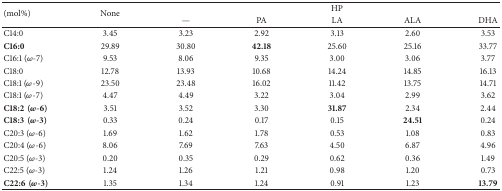
<table><thead><tr><td rowspan="2"><b>(mol%)</b></td><td rowspan="2"><b>None</b></td><td colspan="5"><b>HP</b></td></tr><tr><td><b>—</b></td><td><b>PA</b></td><td><b>LA</b></td><td><b>ALA</b></td><td><b>DHA</b></td></tr></thead><tbody><tr><td>C14:0</td><td>3.45</td><td>3.23</td><td>2.92</td><td>3.13</td><td>2.60</td><td>3.53</td></tr><tr><td><b>C16:0</b></td><td>29.89</td><td>30.80</td><td><b>42.18</b></td><td>25.60</td><td>25.16</td><td>33.77</td></tr><tr><td>C16:1 (<i>ω</i>-7)</td><td>9.53</td><td>8.06</td><td>9.35</td><td>3.00</td><td>3.06</td><td>3.77</td></tr><tr><td>C18:0</td><td>12.78</td><td>13.93</td><td>10.68</td><td>14.24</td><td>14.85</td><td>16.13</td></tr><tr><td>C18:1 (<i>ω</i>-9)</td><td>23.50</td><td>23.48</td><td>16.02</td><td>11.42</td><td>13.75</td><td>14.71</td></tr><tr><td>C18:1 (<i>ω</i>-7)</td><td>4.47</td><td>4.49</td><td>3.22</td><td>3.04</td><td>2.99</td><td>3.62</td></tr><tr><td><b>C18:2(<i>ω</i>-6)</b></td><td>3.51</td><td>3.52</td><td>3.30</td><td><b>31.87</b></td><td>2.34</td><td>2.44</td></tr><tr><td><b>C18:3(<i>ω</i>-3)</b></td><td>0.33</td><td>0.24</td><td>0.17</td><td>0.15</td><td><b>24.51</b></td><td>0.24</td></tr><tr><td>C20:3 (<i>ω</i>-6)</td><td>1.69</td><td>1.62</td><td>1.78</td><td>0.53</td><td>1.08</td><td>0.83</td></tr><tr><td>C20:4 (<i>ω</i>-6)</td><td>8.06</td><td>7.69</td><td>7.63</td><td>4.50</td><td>6.87</td><td>4.96</td></tr><tr><td>C20:5 (<i>ω</i>-3)</td><td>0.20</td><td>0.35</td><td>0.29</td><td>0.62</td><td>0.36</td><td>1.49</td></tr><tr><td>C22:5 (<i>ω</i>-3)</td><td>1.24</td><td>1.26</td><td>1.21</td><td>0.98</td><td>1.20</td><td>0.73</td></tr><tr><td><b>C22:6(<i>ω</i>-3)</b></td><td>1.35</td><td>1.34</td><td>1.24</td><td>0.91</td><td>1.23</td><td><b>13.79</b></td></tr></tbody></table>